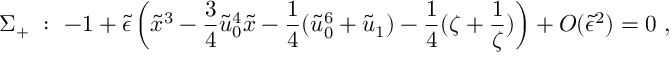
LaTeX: \Sigma _ { + } \ : \ - 1 + \tilde { \epsilon } \left( \tilde { x } ^ { 3 } - \frac { 3 } { 4 } \tilde { u } _ { 0 } ^ { 4 } \tilde { x } - \frac { 1 } { 4 } ( \tilde { u } _ { 0 } ^ { 6 } + \tilde { u } _ { 1 } ) - \frac { 1 } { 4 } ( \zeta + \frac { 1 } { \zeta } ) \right) + { \cal O } ( \tilde { \epsilon } ^ { 2 } ) = 0 \ ,